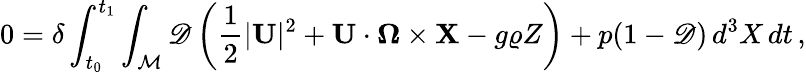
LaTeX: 0=\delta\int_{t_{0}}^{t_{1}}\int_{\mathcal{M}}\mathscr{D}\left(\frac{1}{2}|\mathbf{U}|^{2}+\mathbf{U}\cdot\boldsymbol{\Omega}\times{\mathbf{X}}-g\varrho Z\right)+p(1-\mathscr{D})\, d^{3}X\, dt\, ,